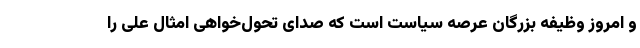
و امروز وظیفه بزرگان عرصه سیاست است که صدای تحول‌خواهی امثال علی را